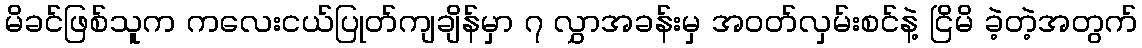
မိခင်ဖြစ်သူက ကလေးငယ်ပြုတ်ကျချိန်မှာ ၇ လွှာအခန်းမှ အဝတ်လှမ်းစင်နဲ့ ငြိမိ ခဲ့တဲ့အတွက်